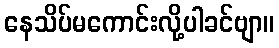
နေသိပ်မကောင်းလို့ပါခင်ဗျာ။